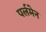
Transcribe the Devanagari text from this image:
पर्लमेन